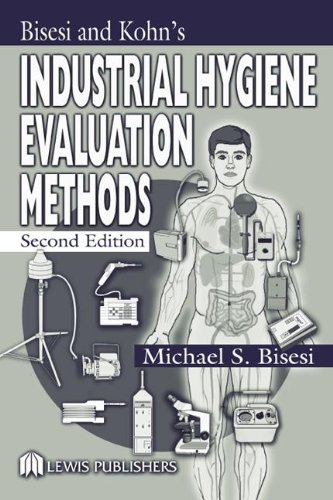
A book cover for Industrial Hygiene Evaluation Methods; Michael S. Bisesi; Medical Books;